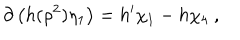
LaTeX: \partial \left( h ( \rho ^ { 2 } ) \eta _ { 1 } \right) = h ^ { \prime } \chi _ { 1 } - h \chi _ { 4 } \ ,